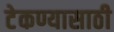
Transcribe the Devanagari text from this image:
टेकण्यासाठी